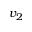
v _ { 2 }